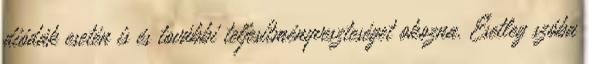
diódák esetén is és további teljesítményveszteséget okozna. Esetleg szóba